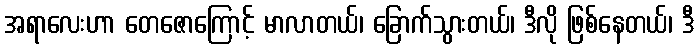
အရာလေးဟာ တေဇောကြောင့် မာလာတယ်၊ ခြောက်သွားတယ်၊ ဒီလို ဖြစ်နေတယ်၊ ဒီ